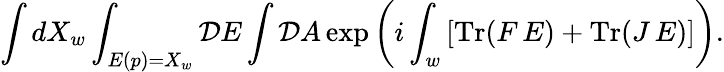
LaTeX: \int dX_{w}\int_{E(p)=X_{w}}{\cal D}E\int{\cal D}A\exp\left(i\int_{w}\left[\mathrm{Tr}(F\, E)+\mathrm{Tr}(J\, E)\right]\right).